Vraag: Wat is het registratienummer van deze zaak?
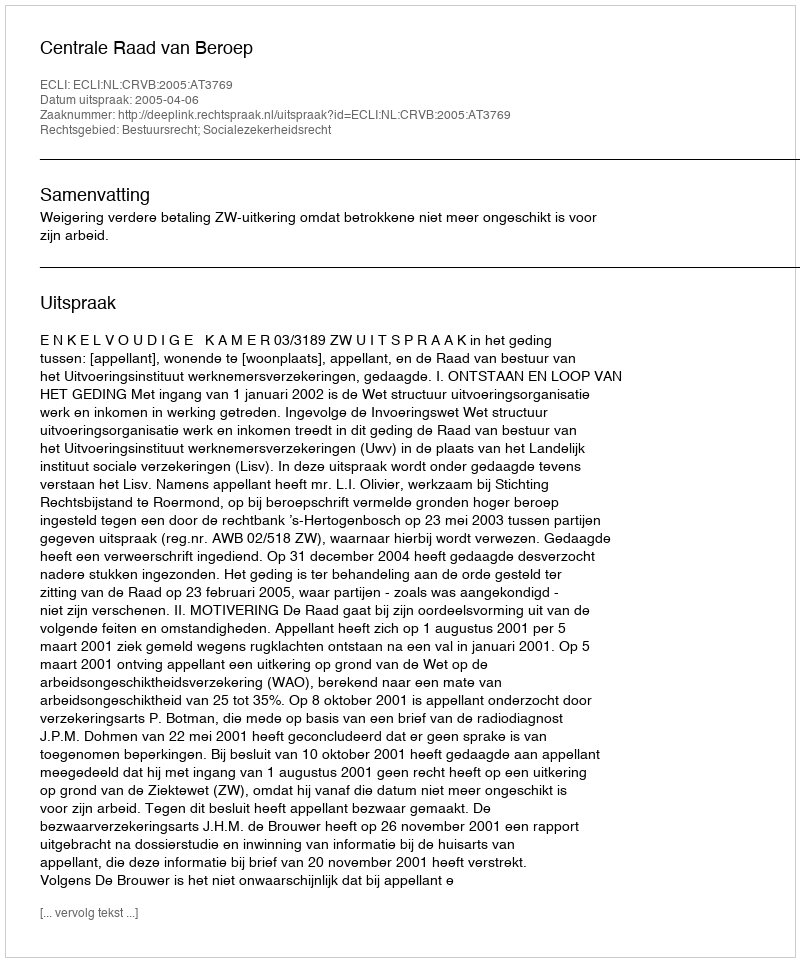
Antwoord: http://deeplink.rechtspraak.nl/uitspraak?id=ECLI:NL:CRVB:2005:AT3769